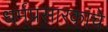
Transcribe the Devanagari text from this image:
धर्मप्रसारकांचे